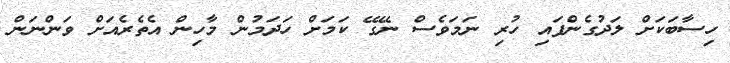
ހިސާބަކަށް ލަދުގެންފައި ހުރި ނަމަވެސް ނޭގޭ ކަމަށް ހަދަމުން މާހިން އެތެރެއަށް ވަންނަން